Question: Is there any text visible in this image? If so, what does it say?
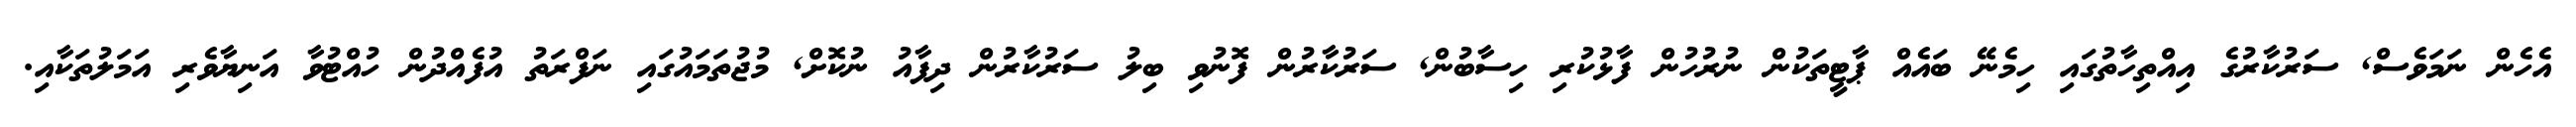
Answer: އެހެން ނަމަވެސް, ސަރުކާރުގެ އިއްތިހާތުގައި ހިމެނޭ ބައެއް ޕާޓީތަކުން ނުރުހުން ފާޅުކުރި ހިސާބުން, ސަރުކާރުން ފޮނުވި ބިލު ސަރުކާރުން ދިފާއު ނުކޮށް, މުޖުތަމައުގައި ނަފްރަތު އުފެއްދުން ހުއްޓުވާ އަނިޔާވެރި އަމަލުތަކާއި.